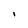
Character: I